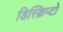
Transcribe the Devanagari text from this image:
डिस्क्रिप्टो